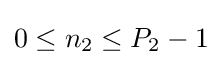
0\leq n_{2}\leq P_{2}-1